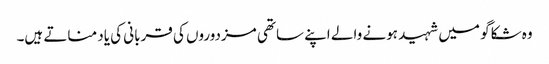
وہ شکاگو میں شہید ہونے والے اپنے ساتھی مزدوروں کی قربانی کی یاد مناتے ہیں۔